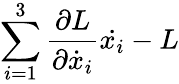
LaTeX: \sum_{i=1}^{3}{\frac{\partial L}{\partial{\dot{x}}_{i}}}{\dot{x_{i}}}-L